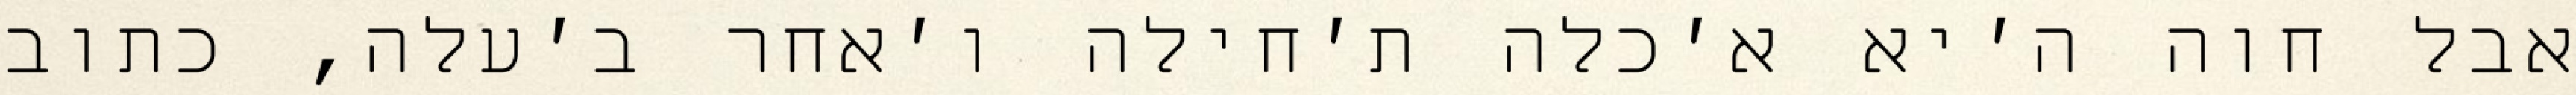
אבל חוה ה׳יא א׳כלה ת׳חילה ו׳אחר ב׳עלה, כתוב